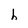
Character: h